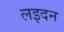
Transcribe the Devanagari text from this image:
लइदन